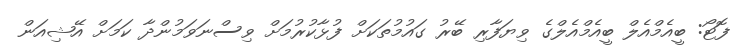
ފޮޓޯ: ބީއެމްއެލް ބީއެމްއެލްގެ ވިޔަފާރި ބޭރު ގައުމުތަކަށް ފުޅާކުރުމަށް ވިސްނަވަމުންދާ ކަމަށް އޭޝިއަން